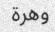
وھرة